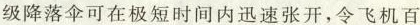
级降落伞可在极短时间内迅速张开，令飞机百